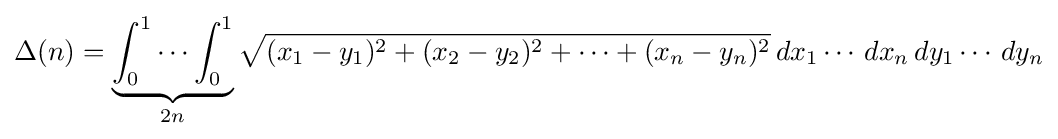
\Delta (n)=\underbrace {\int _{0}^{1}\cdots \int _{0}^{1}} _{2n}{\sqrt {(x_{1}-y_{1})^{2}+(x_{2}-y_{2})^{2}+\cdots +(x_{n}-y_{n})^{2}}}\,dx_{1}\cdots \,dx_{n}\,dy_{1}\cdots \,dy_{n}